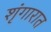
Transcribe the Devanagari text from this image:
शृंगारात